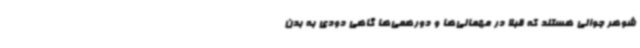
شوهر جوانی هستند که قبلا در مهمانی‌ها و دورهمی‌ها گاهی دودی به بدن